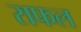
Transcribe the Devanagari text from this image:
राफल